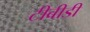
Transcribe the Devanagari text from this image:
टीबीडी